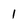
Character: I